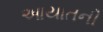
આયાતની